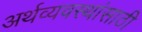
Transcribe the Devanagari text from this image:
अर्थव्यवस्थांसाठी